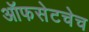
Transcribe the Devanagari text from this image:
ऑफसेटचेच